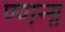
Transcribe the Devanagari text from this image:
ण्णना